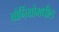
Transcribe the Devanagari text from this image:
बोर्नियोमधील